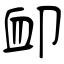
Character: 卹